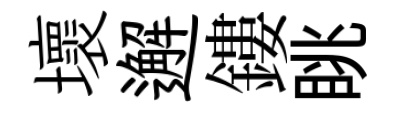
壞邂鏤眺